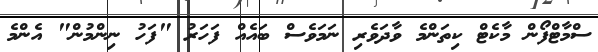
ސްމާޓްފޯން މާކެޓް ކިތަންމެ ވާދަވެރި ނަމަވެސް ބައެއް ފަހަރު "ފަހު ނިންމުން" އެންމެ